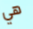
هي